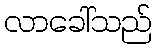
လာခေါ်သည်